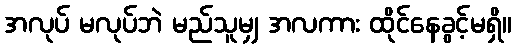
အလုပ် မလုပ်ဘဲ မည်သူမျှ အလကား ထိုင်နေခွင့်မရှိ။